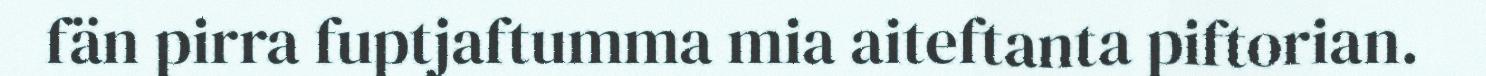
fän pirra fuptjaftumma mia aiteftanta piftorian.